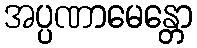
အပ္ပဏာမေန္တော